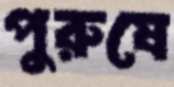
পুরুষে